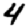
Digit: 4